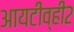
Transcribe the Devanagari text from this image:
आयटीव्ही२